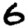
Digit: 6